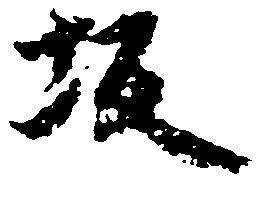
坂